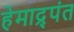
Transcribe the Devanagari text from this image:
हेमाद्र्पंत